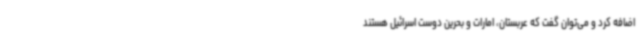
اضافه کرد و می‌توان گفت که عربستان، امارات و بحرین دوست اسرائیل هستند